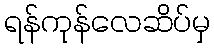
ရန်ကုန်လေဆိပ်မှ